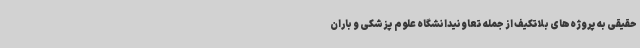
حقیقی به پروژه‌های بلاتکیف از جمله تعاونیدانشگاه علوم پزشکی و باران